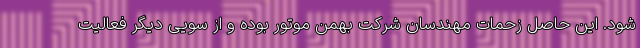
شود. این حاصل زحمات مهندسان شرکت بهمن موتور بوده و از سویی دیگر فعالیت